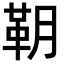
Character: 䩗